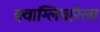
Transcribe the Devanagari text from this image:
क्वाग्लियारेला